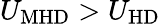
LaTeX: U_{\mathrm{MHD}}>U_{\mathrm{HD}}